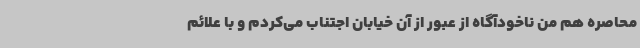
محاصره هم من ناخودآگاه از عبور از آن خیابان اجتناب می‌کردم و با علائم